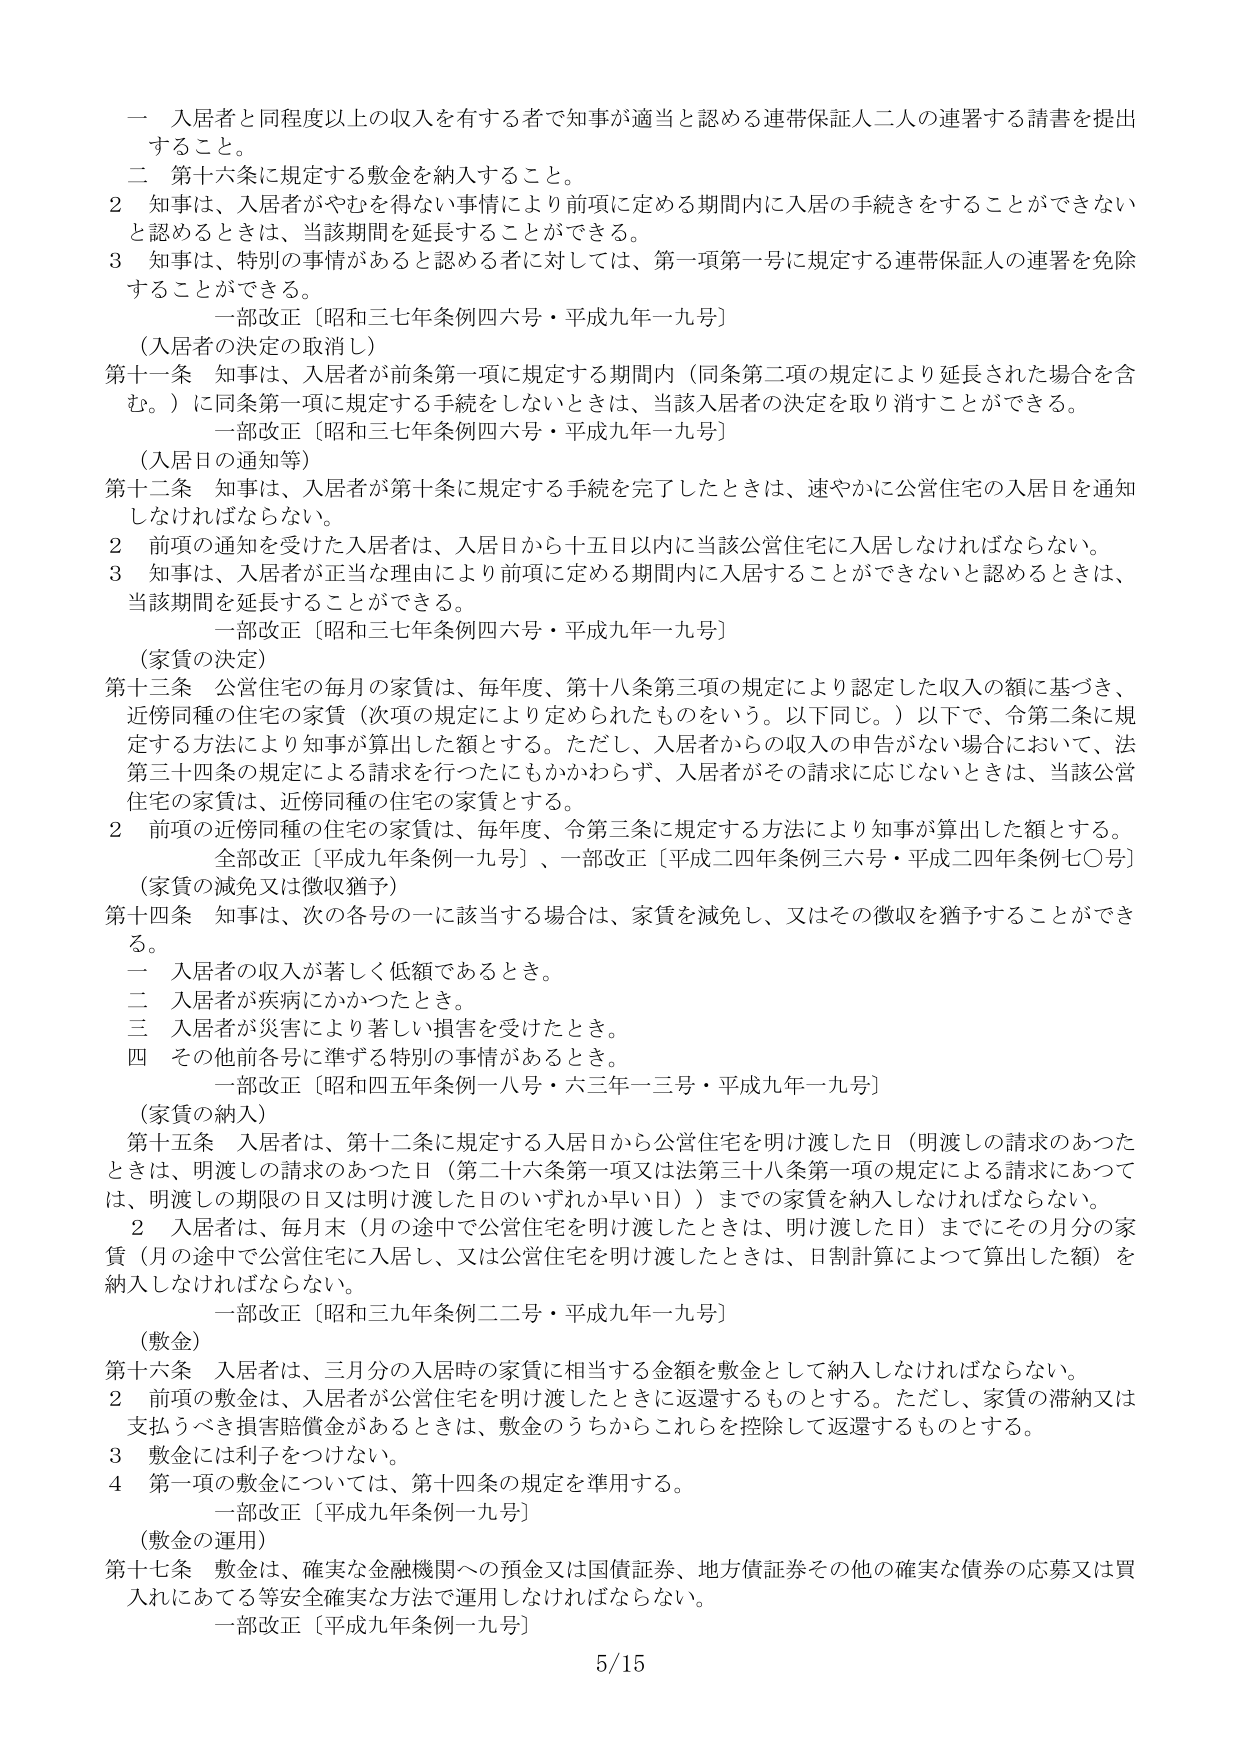
一 入居者と同程度以上の収入を有する者で知事が適当と認める連帯保証人二人の連署する請書を提出すること。

二 第十六条に規定する敷金を納入すること。

2 知事は、入居者がやむを得ない事情により前項に定める期間内に入居の手続きをすることができないと認めるときは、当該期間を延長することができる。

3 知事は、特別の事情があると認める者に対しては、第一項第一号に規定する連帯保証人の連署を免除することができる。

一部改正〔昭和三七年条例四六号・平成九年一九号〕

（入居者の決定の取消し）

第十一条 知事は、入居者が前条第一項に規定する期間内（同条第二項の規定により延長された場合を含む。）に同条第一項に規定する手続をしないときは、当該入居者の決定を取り消すことができる。

一部改正〔昭和三七年条例四六号・平成九年一九号〕

（入居日の通知等）

第十二条 知事は、入居者が第十条に規定する手続を完了したときは、速やかに公営住宅の入居日を通知しなければならない。

2 前項の通知を受けた入居者は、入居日から十五日以内に当該公営住宅に入居しなければならない。

3 知事は、入居者が正当な理由により前項に定める期間内に入居することができないと認めるときは、当該期間を延長することができる。

一部改正〔昭和三七年条例四六号・平成九年一九号〕

（家賃の決定）

第十三条 公営住宅の毎月の家賃は、毎年度、第十八条第三項の規定により認定した収入の額に基づき、近傍同種の住宅の家賃（次項の規定により定められたものをいう。以下同じ。）以下で、令第二条に規定する方法により知事が算出した額とする。ただし、入居者からの収入の申告がない場合において、法第三十四条の規定による請求を行つたにもかかわらず、入居者がその請求に応じないときは、当該公営住宅の家賃は、近傍同種の住宅の家賃とする。

2 前項の近傍同種の住宅の家賃は、毎年度、令第三条に規定する方法により知事が算出した額とする。

全部改正〔平成九年条例一九号〕、一部改正〔平成二四年条例三六号・平成二四年条例七〇号〕

（家賃の減免又は徴収猶予）

第十四条 知事は、次の各号の一に該当する場合は、家賃を減免し、又はその徴収を猶予することができる。

一 入居者の収入が著しく低額であるとき。

二 入居者が疾病にかかったとき。

三 入居者が災害により著しい損害を受けたとき。

四 その他前各号に準ずる特別の事情があるとき。

一部改正〔昭和四五年条例一八号・六三年一三号・平成九年一九号〕

（家賃の納入）

第十五条 入居者は、第十二条に規定する入居日から公営住宅を明け渡した日（明渡しの請求のあつたときは、明渡しの請求のあつた日（第二十六条第一項又は法第三十八条第一項の規定による請求にあつては、明渡しの期限の日又は明け渡した日のいずれか早い日））までの家賃を納入しなければならない。

2 入居者は、毎月末（月の途中で公営住宅を明け渡したときは、明け渡した日）までにその月分の家賃（月の途中で公営住宅に入居し、又は公営住宅を明け渡したときは、日割計算によつて算出した額）を納入しなければならない。

一部改正〔昭和三九年条例二二号・平成九年一九号〕

（敷金）

第十六条 入居者は、三月分の入居時の家賃に相当する金額を敷金として納入しなければならない。

2 前項の敷金は、入居者が公営住宅を明け渡したときに返還するものとする。ただし、家賃の滞納又は支払うべき損害賠償金があるときは、敷金のうちからこれらを控除して返還するものとする。

3 敷金には利子をつけない。

4 第一項の敷金については、第十四条の規定を準用する。

一部改正〔平成九年条例一九号〕

（敷金の運用）

第十七条 敷金は、確実な金融機関への預金又は国債証券、地方債証券その他の確実な債券の応募又は買入れにあつて等安全確実な方法で運用しなければならない。

一部改正〔平成九年条例一九号〕

5/15